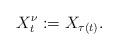
LaTeX: \begin{align*}X^\nu_{t}:=X_{\tau(t)}.\end{align*}